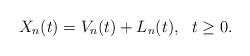
LaTeX: \begin{align*}X_n(t) = V_n(t) + L_n(t),\ \ t \ge 0.\end{align*}